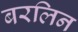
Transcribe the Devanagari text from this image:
बरलिन